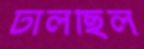
ঢালছিল